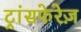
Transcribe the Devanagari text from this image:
ट्रांसफेरेज़